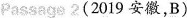
Passage 2(2019 安徽，B)